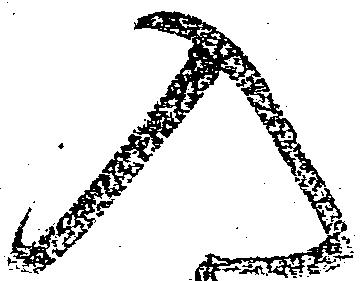
入